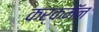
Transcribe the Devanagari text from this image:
कर्कमॅन